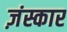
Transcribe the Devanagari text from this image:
ज़ंस्कार